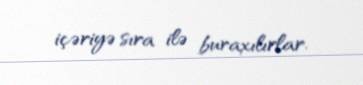
içəriyə sıra ilə buraxılırlar.